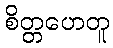
စိတ္တဟေတူ